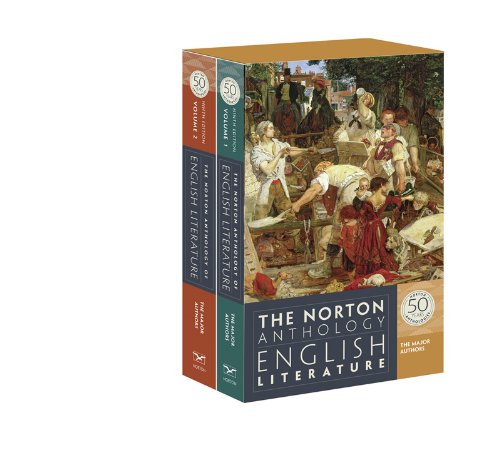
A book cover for The Norton Anthology of English Literature, The Major Authors (Ninth Edition)  (2 Volume Set); M. H. Abrams; Literature & Fiction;